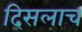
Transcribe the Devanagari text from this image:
दिसलाच